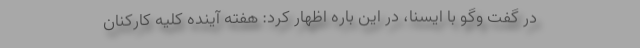
در گفت وگو با ایسنا، در این باره اظهار کرد: هفته آینده کلیه کارکنان